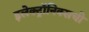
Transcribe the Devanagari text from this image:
इलेक्ट्रॉनिक्सची